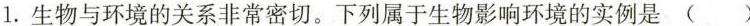
1. 生物与环境的关系非常密切。下列属于生物影响环境的实例是( )